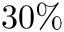
3 0 \%